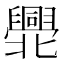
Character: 𠤫